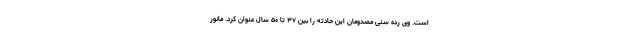
است. وی رده سنی مصدومان این حادثه را بین ۳۷ تا ۵۰ سال عنوان کرد. مانور